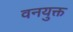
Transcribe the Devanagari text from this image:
वनयुक्त